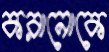
করানোকে